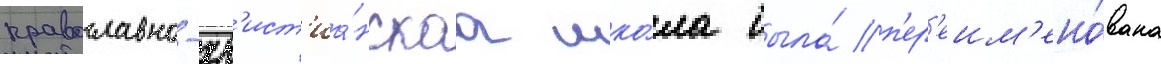
православно-хр'ист'иа́нскаа шко́ла была́ п'ер'еим'ено́вана